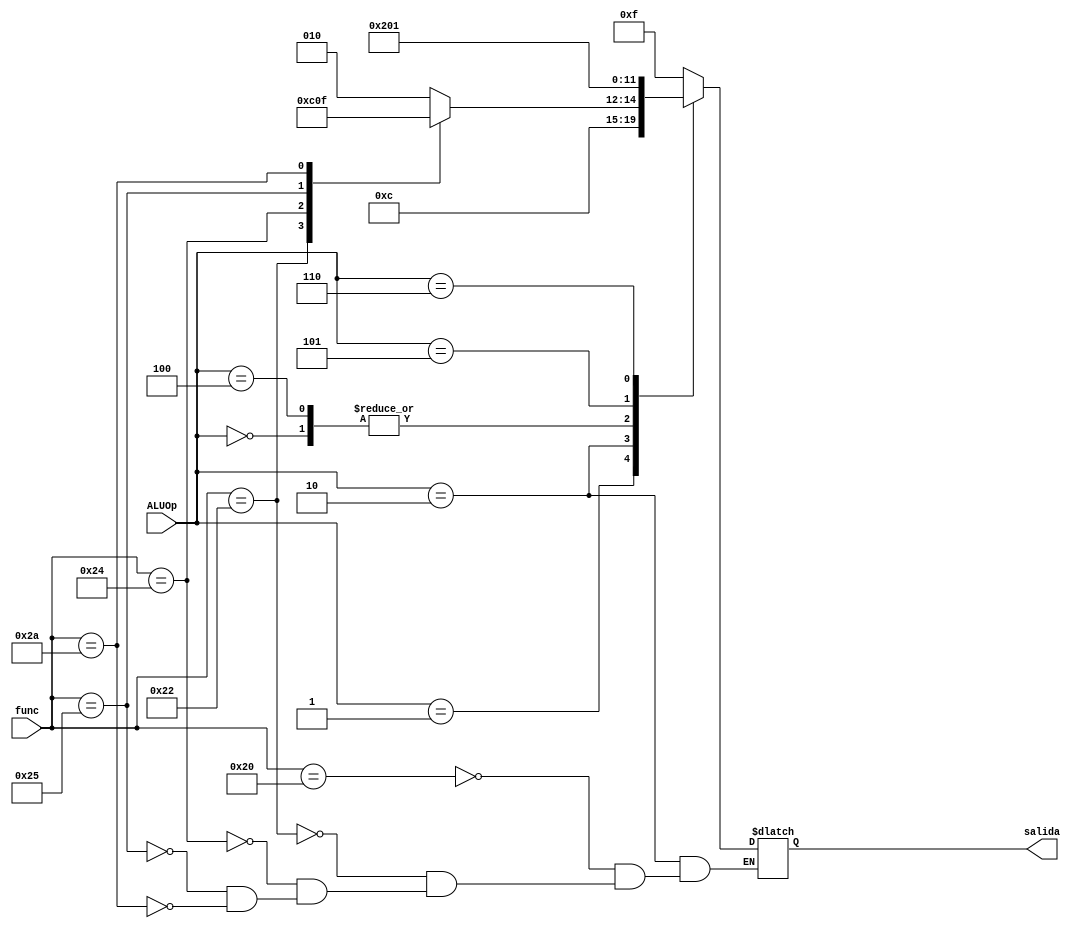
`timescale 1ns / 1ps
//////////////////////////////////////////////////////////////////////////////////
// Company: 
// Engineer: 
// 
// Design Name: 
// Module Name:    ALUcontrol 
// Project Name: 
// Target Devices: 
// Tool versions: 
// Description: 
//
// Dependencies: 
//
// Revision: 
// Revision 0.01 - File Created
// Additional Comments: 
//
//////////////////////////////////////////////////////////////////////////////////
module ALUcontrol(
    input [5:0] func,
    input [2:0] ALUOp,
    output reg [3:0] salida
    );

	initial begin
		salida <= 4'b1111;
	end

	always @ (*) begin
		case(ALUOp)
			0:	begin
					salida <= 4'b0010;
				end
			1:	begin
					salida <= 4'b0110;
				end
			2:	begin
					case(func)
						32:begin
								salida <= 4'b0010;
							end
						34:begin
								salida <= 4'b0110;
							end
						36:begin
								salida <= 4'b0000;
							end
						37:begin
								salida <= 4'b0001;
							end
						42:begin
								salida <= 4'b0111;
							end
					endcase
				end
			3'b100:
				begin
					salida <= 4'b0010;
				end
			3'b101:
				begin
					salida <= 4'b0000;
				end
			3'b110:
				begin
					salida <= 4'b0001;
				end
			default:	begin
					salida <= 4'b1111;
				end
		endcase
	end

endmodule